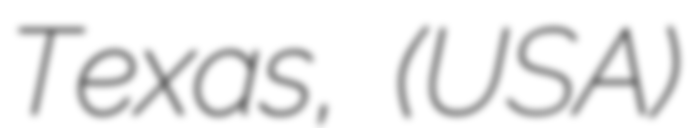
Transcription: Texas, (USA)